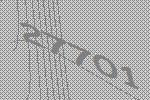
27701